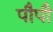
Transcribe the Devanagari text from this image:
पौपौ